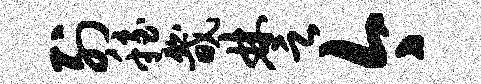
列稳畿楚今